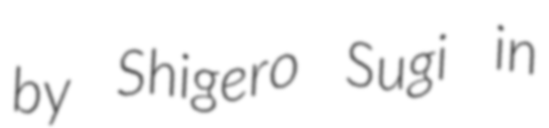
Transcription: by Shigero Sugi in